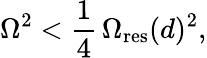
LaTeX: \Omega^{2}<\frac{1}{4}\, \Omega_{\mathrm{res}}(d)^{2},